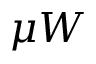
\mu W